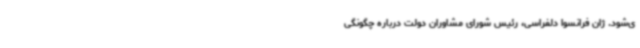
ی‌شود. ژان فرانسوا دلفراسی، رئیس شورای مشاوران دولت درباره چگونگی